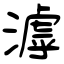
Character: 滹